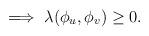
LaTeX: \begin{align*} \implies \lambda(\phi_u,\phi_v) \geq 0.\end{align*}